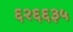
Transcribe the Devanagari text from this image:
६२६६३५